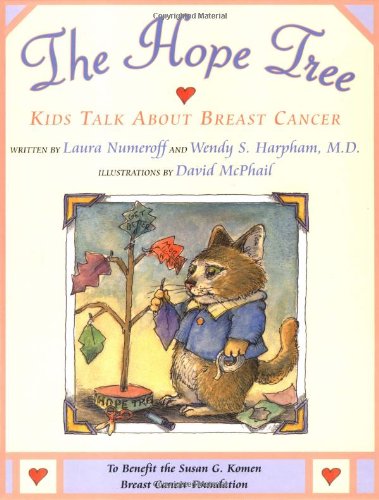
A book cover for The Hope Tree: Kids Talk About Breast Cancer; Laura Numeroff; Parenting & Relationships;